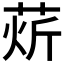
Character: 𰱘